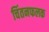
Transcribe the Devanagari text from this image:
चिंतनफलक